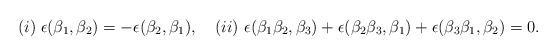
LaTeX: \begin{align*}(i)\;\epsilon(\beta_{1},\beta_{2})=-\epsilon(\beta_{2},\beta_{1}),\quad(ii)\ \epsilon(\beta_{1}\beta_{2},\beta_{3})+\epsilon(\beta_{2}\beta_{3},\beta_{1})+\epsilon(\beta_{3}\beta_{1},\beta_{2})=0.\end{align*}